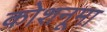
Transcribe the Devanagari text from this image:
कोशनूमा